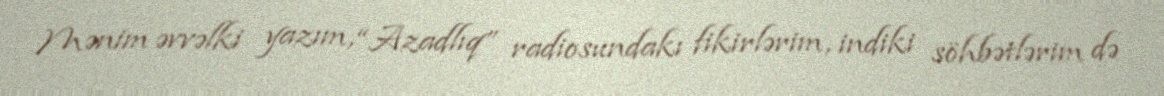
Mənim əvvəlki yazım, “Azadlıq” radiosundakı fikirlərim, indiki söhbətlərim də